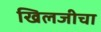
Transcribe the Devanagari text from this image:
खिलजीचा